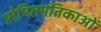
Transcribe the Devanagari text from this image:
प्रोषितपतिकाओं